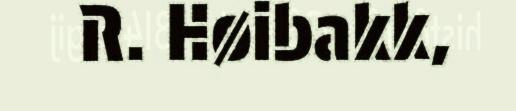
R. Høibakk,